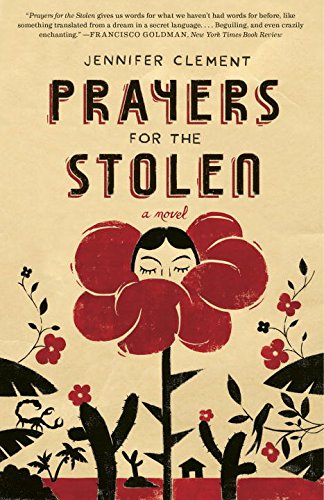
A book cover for Prayers for the Stolen; Jennifer Clement; Literature & Fiction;